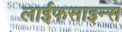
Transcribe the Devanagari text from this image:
लाईफसाइन्स